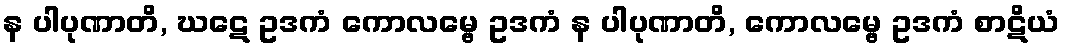
န ပါပုဏာတိ, ဃဋေ ဥဒကံ ကောလမ္ဗေ ဥဒကံ န ပါပုဏာတိ, ကောလမ္ဗေ ဥဒကံ စာဋိယံ